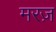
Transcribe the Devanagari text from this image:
मरज़